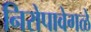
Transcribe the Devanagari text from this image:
निरोपावेगळे